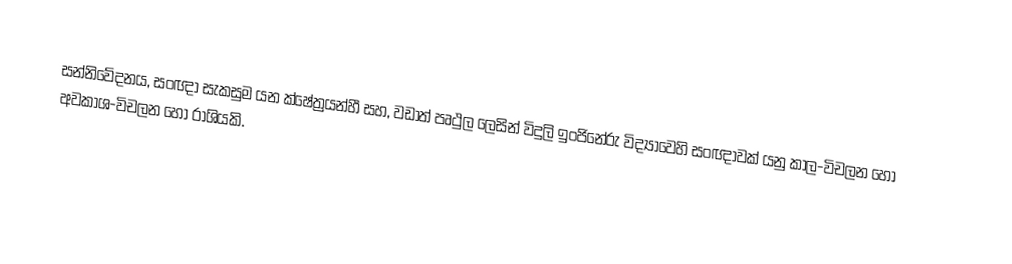
සන්නිවේදනය, සංඥා සැකසුම යන ක්ෂේත්‍රයන්හී සහ, වඩාත් පෘථුල ලෙසින්  විදුලි ඉංජිනේරු විද්‍යාවෙහි සංඥාවක් යනු කාල-විචලන හෝ අවකාශ-විචලන හෝ රාශියකි.